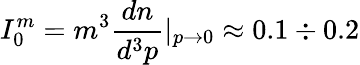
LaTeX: I_{0}^{m}=m^{3}\frac{dn}{d^{3}p}|_{p\to 0}\approx 0.1\div 0.2